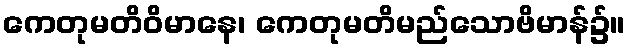
ကေတုမတိဝိမာနေ၊ ကေတုမတိမည်သောဗိမာန်၌။